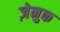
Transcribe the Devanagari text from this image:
ज़ेनुक